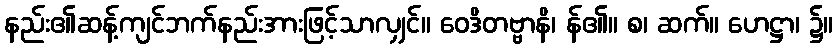
နည်း၏ဆန့်ကျင်ဘက်နည်းအားဖြင့်သာလျှင်။ ဝေဒိတဗ္ဗာနိ၊ န်၏။ စ၊ ဆက်။ ဟေဋ္ဌာ၊ ၌။